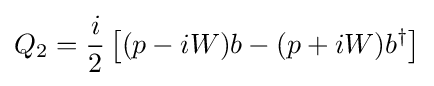
Q_{2}={\frac {i}{2}}\left[(p-iW)b-(p+iW)b^{\dagger }\right]